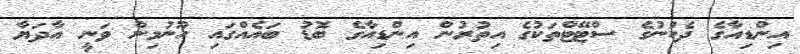
އިންޑިއާގެ ދެކުނުގެ ސްޓޭޓްތަކުގެ އިތުރުން އިންޑިއާގެ ބޮޑު ބައެއްގައި ހޫނުމިން ވަނީ އާދަޔާ